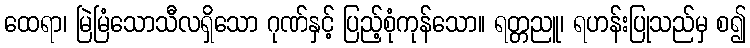
ထေရာ၊ မြဲမြံသောသီလရှိသော ဂုဏ်နှင့် ပြည့်စုံကုန်သော။ ရတ္တညူ၊ ရဟန်းပြုသည်မှ စ၍